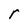
Character: r